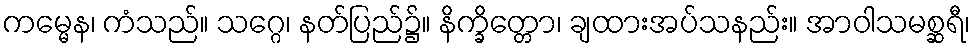
ကမ္မေန၊ ကံသည်။ သဂ္ဂေ၊ နတ်ပြည်၌။ နိက္ခိတ္တော၊ ချထားအပ်သနည်း။ အာဝါသမစ္ဆရီ၊